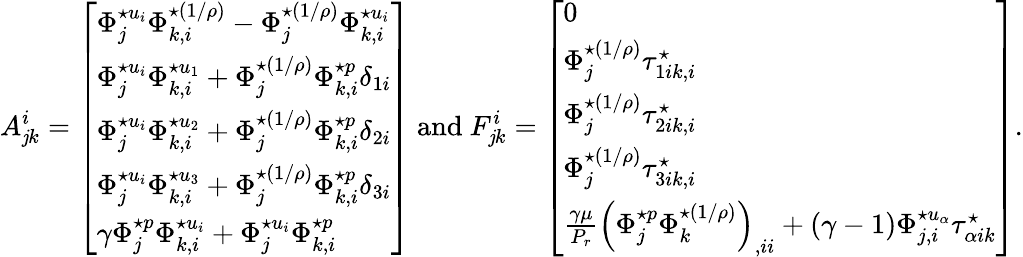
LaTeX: A_{\mathit{j}k}^{i}=\left[\begin{array}{l}{\Phi_{j}^{\star u_{i}}\Phi_{k,i}^{\star(1/\rho)}-\Phi_{j}^{\star(1/\rho)}\Phi_{k,i}^{\star u_{i}}}\\ {\Phi_{j}^{\star u_{i}}\Phi_{k,i}^{\star u_{1}}+\Phi_{j}^{\star(1/\rho)}\Phi_{k,i}^{\star p}\delta_{1i}}\\ {\Phi_{j}^{\star u_{i}}\Phi_{k,i}^{\star u_{2}}+\Phi_{j}^{\star(1/\rho)}\Phi_{k,i}^{\star p}\delta_{2i}}\\ {\Phi_{j}^{\star u_{i}}\Phi_{k,i}^{\star u_{3}}+\Phi_{j}^{\star(1/\rho)}\Phi_{k,i}^{\star p}\delta_{3i}}\\ {\gamma\Phi_{j}^{\star p}\Phi_{k,i}^{\star u_{i}}+\Phi_{j}^{\star u_{i}}\Phi_{k,i}^{\star p}}\end{array}\right]\mathrm{{~and~}}F_{\mathit{j}k}^{i}=\left[\begin{array}{l}{0}\\ {\Phi_{j}^{\star(1/\rho)}\tau_{1ik,i}^{\star}}\\ {\Phi_{j}^{\star(1/\rho)}\tau_{2ik,i}^{\star}}\\ {\Phi_{j}^{\star(1/\rho)}\tau_{3ik,i}^{\star}}\\ {\frac{\gamma\mu}{P_{r}}\left(\Phi_{j}^{\star p}\Phi_{k}^{\star(1/\rho)}\right)_{,ii}+(\gamma-1)\Phi_{j,i}^{\star u_{\alpha}}\tau_{\alpha ik}^{\star}}\end{array}\right].